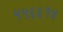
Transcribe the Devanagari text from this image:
५५६६१४